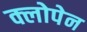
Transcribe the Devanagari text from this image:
क्लोपेन